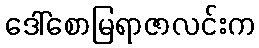
ဒေါ်စောမြရာဇာလင်းက